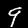
Label: 9